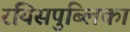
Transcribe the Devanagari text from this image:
रयिसपुब्लिका